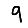
Digit: 9